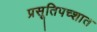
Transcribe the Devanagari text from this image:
प्रसूतिपच्शात